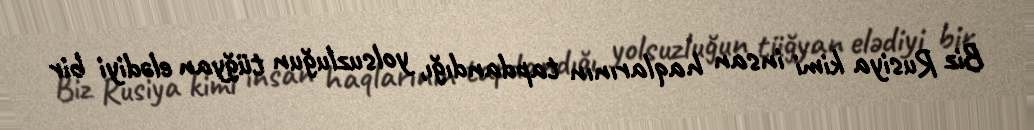
Biz Rusiya kimi insan haqlarının tapdandığı, yolsuzluğun tüğyan elədiyi bir